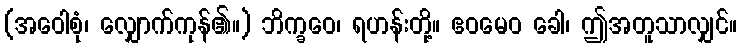
(အဝေါစုံ၊ လျှောက်ကုန်၏။) ဘိက္ခဝေ၊ ရဟန်းတို့။ ဧဝမေဝ ခေါ၊ ဤအတူသာလျှင်။